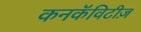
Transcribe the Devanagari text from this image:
कनकॅविटीज़